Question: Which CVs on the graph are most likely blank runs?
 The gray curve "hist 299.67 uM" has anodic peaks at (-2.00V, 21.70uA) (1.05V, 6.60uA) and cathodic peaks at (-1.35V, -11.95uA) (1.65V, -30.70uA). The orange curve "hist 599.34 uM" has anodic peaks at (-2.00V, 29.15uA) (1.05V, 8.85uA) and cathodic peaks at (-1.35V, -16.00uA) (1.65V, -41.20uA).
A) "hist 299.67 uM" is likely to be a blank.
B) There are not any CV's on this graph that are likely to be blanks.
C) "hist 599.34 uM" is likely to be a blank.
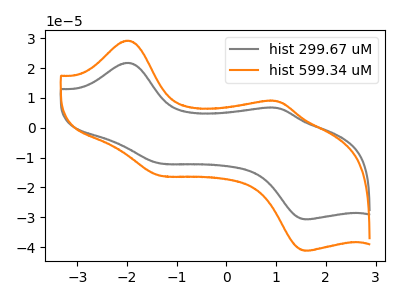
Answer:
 <answer>B) There are not any CV's on this graph that are likely to be blanks.</answer>
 <eval>B</eval>